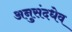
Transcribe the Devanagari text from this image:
अनुसंदधेव